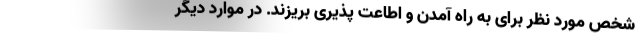
شخص مورد نظر برای به راه آمدن و اطاعت پذیری بریزند. در موارد دیگر